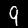
Digit: 9